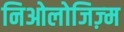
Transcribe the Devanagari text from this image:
निओलोजिज़्म